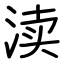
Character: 渎